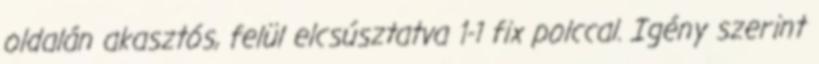
oldalán akasztós, felül elcsúsztatva 1-1 fix polccal. Igény szerint